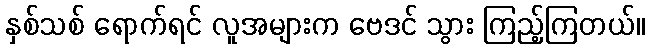
နှစ်သစ် ရောက်ရင် လူအများက ဗေဒင် သွား ကြည့်ကြတယ်။